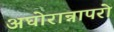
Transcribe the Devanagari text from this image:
अघोरान्नापरो